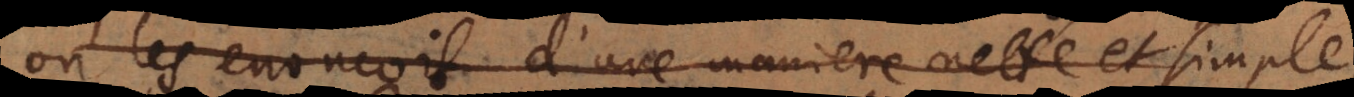
on les enoncoit d’une maniere nette et simple